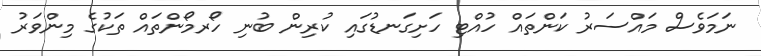
ނަމަވެސް މައްސަރު ކަންތައް ހުއްޓި ހަށިގަނޑުގައި ކުރިން ބުނި ހޯރމޯންތައް ތަކުގެ މިންވަރު